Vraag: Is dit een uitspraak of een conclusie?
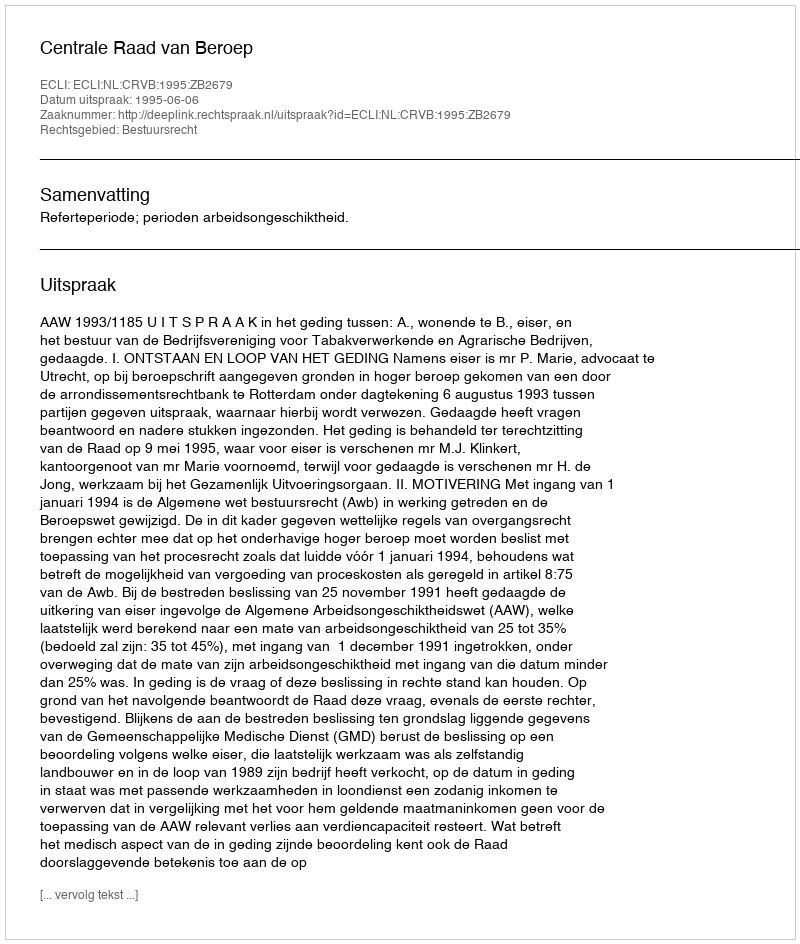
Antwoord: Uitspraak